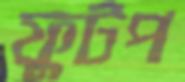
ফুটপ